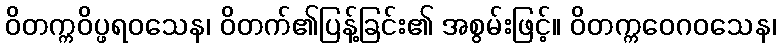
ဝိတက္ကဝိပ္ဖရဝသေန၊ ဝိတက်၏ပြန့်ခြင်း၏ အစွမ်းဖြင့်။ ဝိတက္ကဝေဂဝသေန၊